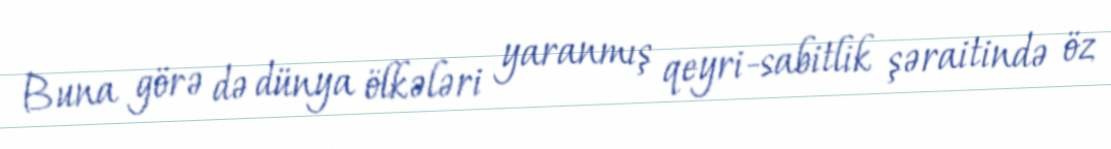
Buna görə də dünya ölkələri yaranmış qeyri-sabitlik şəraitində öz